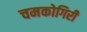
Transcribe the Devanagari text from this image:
चमकोगिरी